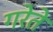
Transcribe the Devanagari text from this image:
गरेते